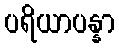
ပရိယာပန္နာ